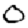
Digit: 0